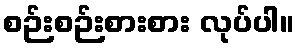
စဉ်းစဉ်းစားစား လုပ်ပါ။